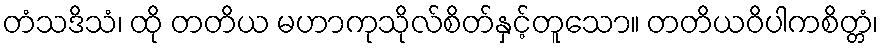
တံသဒိသံ၊ ထို တတိယ မဟာကုသိုလ်စိတ်နှင့်တူသော။ တတိယဝိပါကစိတ္တံ၊